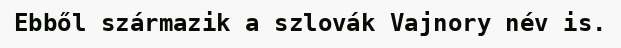
Ebből származik a szlovák Vajnory név is.